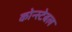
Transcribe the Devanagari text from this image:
कोन्स्टेबल